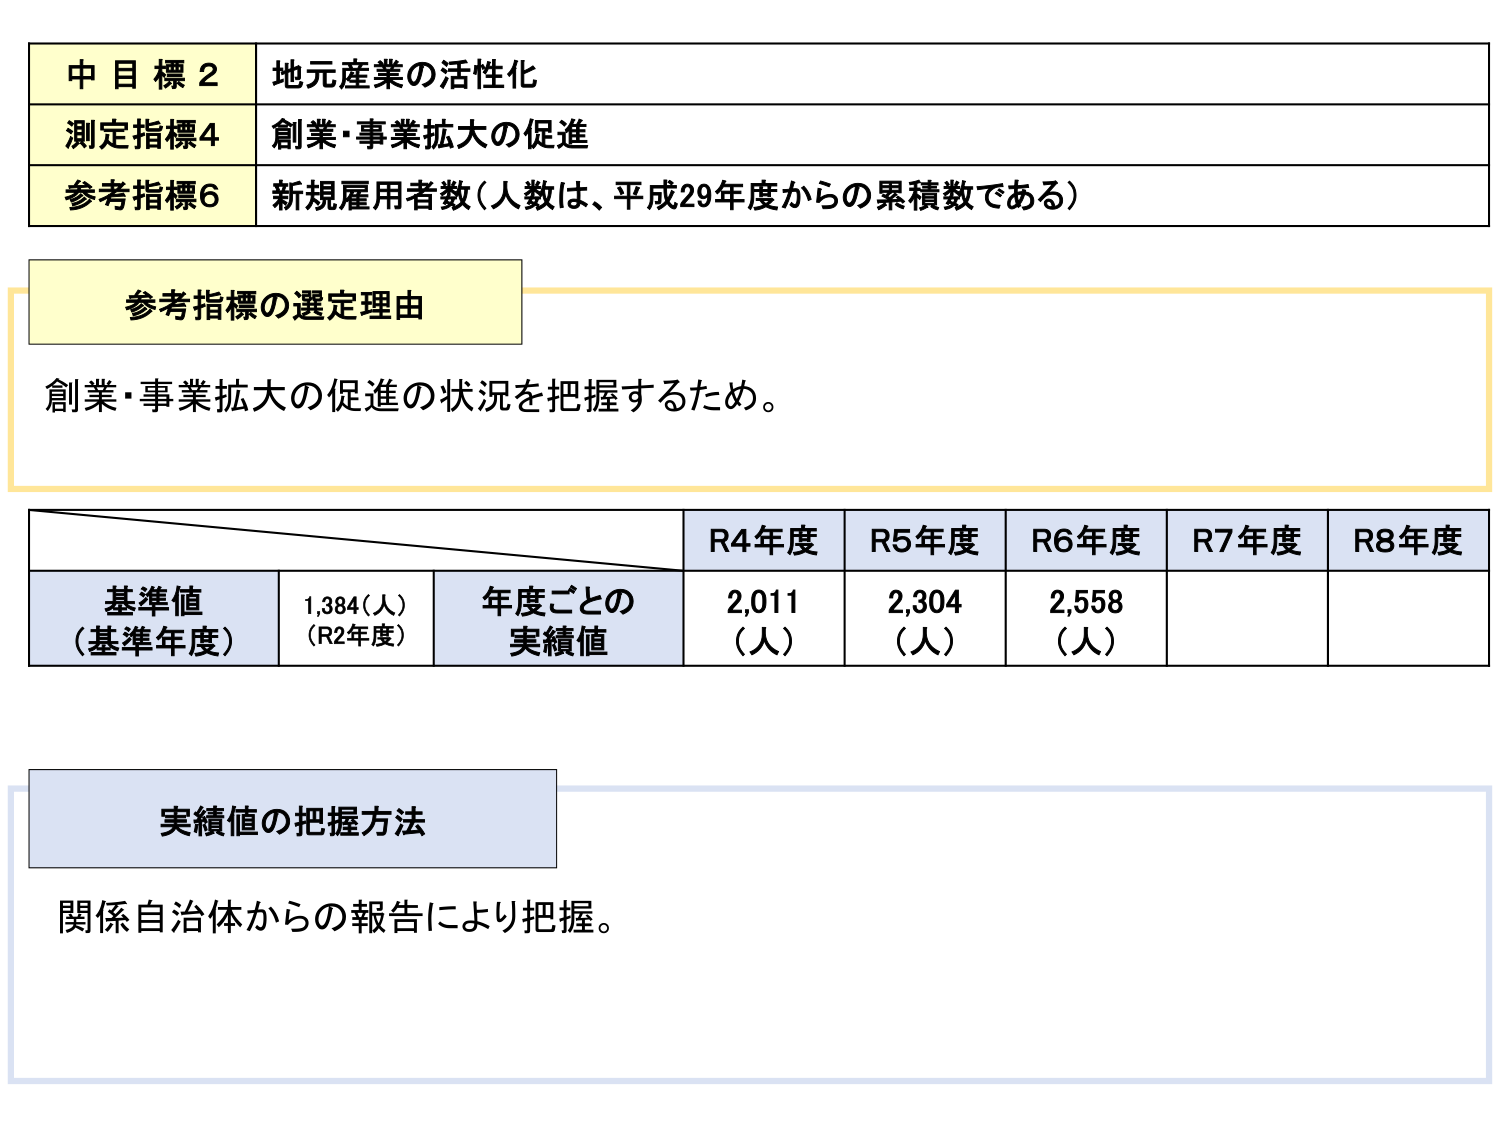
中目標2 地元産業の活性化
測定指標4 創業・事業拡大の促進
参考指標6 新規雇用者数（人数は、平成29年度からの累積数である）

参考指標の選定理由
創業・事業拡大の促進の状況を把握するため。

R4年度 R5年度 R6年度 R7年度 R8年度
基準値（基準年度） 1,384（人）（R2年度） 年度ごとの実績値 2,011（人） 2,304（人） 2,558（人）

実績値の把握方法
関係自治体からの報告により把握。